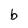
Character: b